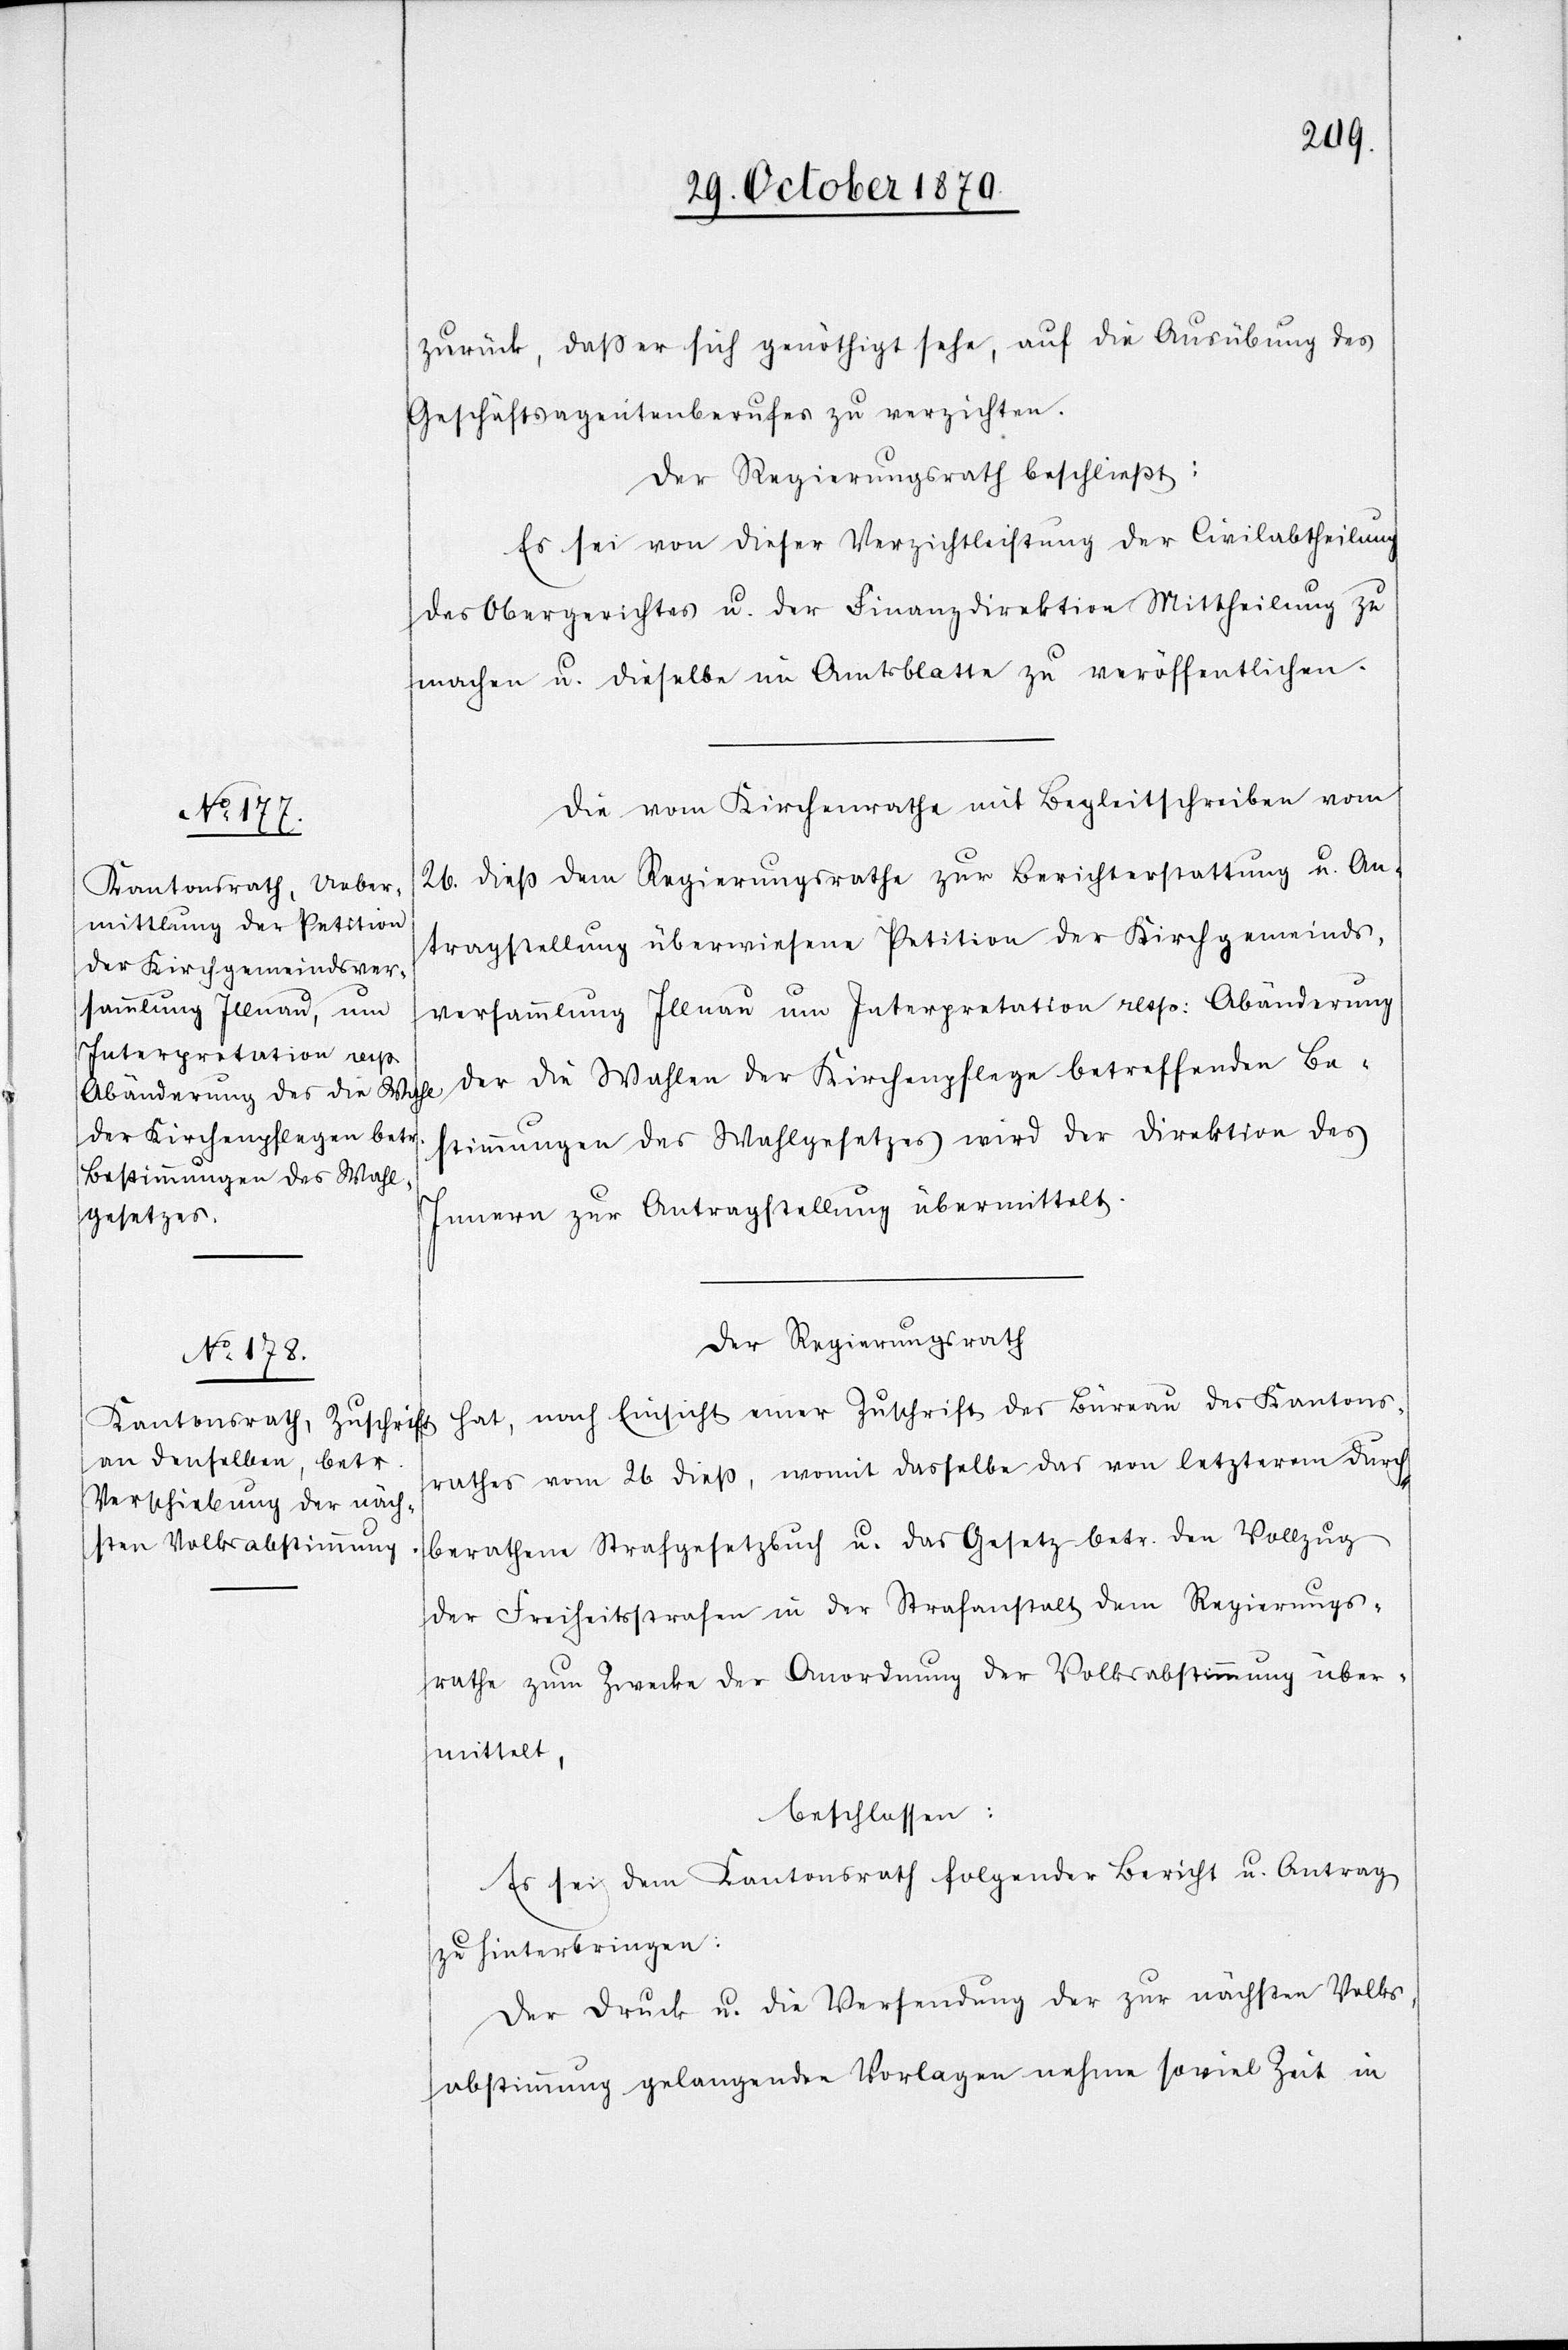
zurück, daß er sich genöthigt sehe, auf die Ausübung des
Geschäftsagentenberufes zu verzichten.
Der Regierungsrath beschließt:
Es sei von dieser Verzichtleistung der Civilabtheilung
des Obergerichtes u. der Finanzdirektion Mittheilung zu
machen u. dieselbe im Amtsblatte zu veröffentlichen.
Die vom Kirchenrathe mit Begleitschreiben vom
26. dieß dem Regierungsrathe zur Berichterstattung u. An¬
tragstellung überwiesene Petition der Kirchgemeinds¬
versammlung Illnau um Interpretation resp: Abänderung
der die Wahlen der Kirchenpflege betreffenden Be¬
stimmungen des Wahlgesetzes wird der Direktion des
Innern zur Antragstellung übermittelt.
Der Regierungsrath
hat, nach Einsicht einer Zuschrift des Büreau des Kantons¬
rathes vom 26 dieß, womit dasselbe das von letzterem durch¬
berathene Strafgesetzbuch u. das Gesetz betr. den Vollzug
der Freiheitsstrafen in der Strafanstalt dem Regierungs¬
rathe zum Zwecke der Anordnung der Volksabstimmung über¬
mittelt,
beschlossen:
Es sei dem Kantonsrath folgender Bericht u. Antrag
zu hinterbringen:
Der Druck u. die Versendung der zur nächsten Volks¬
abstimmung gelangenden Vorlagen nehme soviel Zeit in